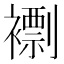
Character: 𧝼